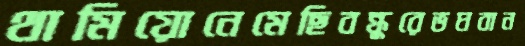
থামিয়োনেমেছিবন্ধুরেভঘবান